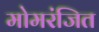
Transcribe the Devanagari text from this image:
मोमरंजित